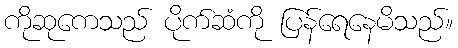
ကိုဆုကေသည် ပိုက်ဆံကို ပြန်ရေနေမိသည်။